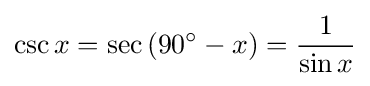
\csc x=\sec \left(90^{\circ }-x\right)={\frac {1}{\sin x}}